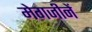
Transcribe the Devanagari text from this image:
मेगजीनें